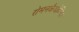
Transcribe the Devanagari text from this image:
रोमनकैथोलिक